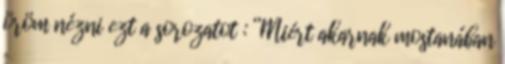
öröm nézni ezt a sorozatot : “Miért akarnak mostanában